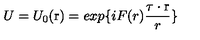
U = U _ { 0 } ( \mathrm { \boldmath r } ) = e x p \{ { i F ( r ) \frac { \mathrm { \boldmath \tau } \cdot \mathrm { \boldmath r } } { r } } \}